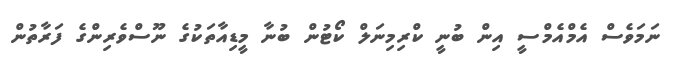
ނަމަވެސް އެމްއެމްސީ އިން ބުނީ ކްރިމިނަލް ކޯޓުން ބުނާ މީޑިއާތަކުގެ ނޫސްވެރިންގެ ފަރާތުން